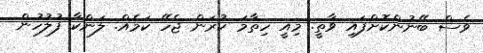
ވެސް ބޭނުންކޮށްފައި ވާތީ. މިއީ ހިތާމަ ކުރަން ޖެހޭ ކަމެއް. ލަންކާ ފުލުހުން